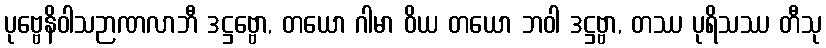
ပုဗ္ဗေနိဝါသဉာဏလာဘီ ဒဋ္ဌဗ္ဗော, တယော ဂါမာ ဝိယ တယော ဘဝါ ဒဋ္ဌဗ္ဗာ, တဿ ပုရိသဿ တီသု